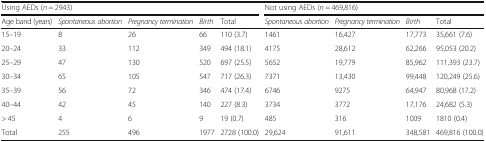
<table><thead><tr><td colspan="5"><b>Using AEDs (<i>n</i> = 2943)</b></td><td colspan="4"><b>Not using AEDs (<i>n</i> = 469,816)</b></td></tr><tr><td><b>Age band (years)</b></td><td><b><i>Spontaneous abortion</i></b></td><td><b><i>Pregnancy termination</i></b></td><td><b><i>Birth</i></b></td><td><b>Total</b></td><td><b><i>Spontaneous abortion</i></b></td><td><b><i>Pregnancy termination</i></b></td><td><b><i>Birth</i></b></td><td><b>Total</b></td></tr></thead><tbody><tr><td>15–19</td><td>8</td><td>26</td><td>66</td><td>110 (3.7)</td><td>1461</td><td>16,427</td><td>17,773</td><td>35,661 (7.6)</td></tr><tr><td>20–24</td><td>33</td><td>112</td><td>349</td><td>494 (18.1)</td><td>4175</td><td>28,612</td><td>62,266</td><td>95,053 (20.2)</td></tr><tr><td>25–29</td><td>47</td><td>130</td><td>520</td><td>697 (25.5)</td><td>5652</td><td>19,779</td><td>85,962</td><td>111,393 (23.7)</td></tr><tr><td>30–34</td><td>65</td><td>105</td><td>547</td><td>717 (26.3)</td><td>7371</td><td>13,430</td><td>99,448</td><td>120,249 (25.6)</td></tr><tr><td>35–39</td><td>56</td><td>72</td><td>346</td><td>474 (17.4)</td><td>6746</td><td>9275</td><td>64,947</td><td>80,968 (17.2)</td></tr><tr><td>40–44</td><td>42</td><td>45</td><td>140</td><td>227 (8.3)</td><td>3734</td><td>3772</td><td>17,176</td><td>24,682 (5.3)</td></tr><tr><td>&gt; 45</td><td>4</td><td>6</td><td>9</td><td>19 (0.7)</td><td>485</td><td>316</td><td>1009</td><td>1810 (0.4)</td></tr><tr><td>Total</td><td>255</td><td>496</td><td>1977</td><td>2728 (100.0)</td><td>29,624</td><td>91,611</td><td>348,581</td><td>469,816 (100.0)</td></tr></tbody></table>